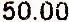
50.00